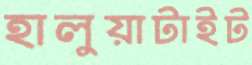
হালুয়াটাইট